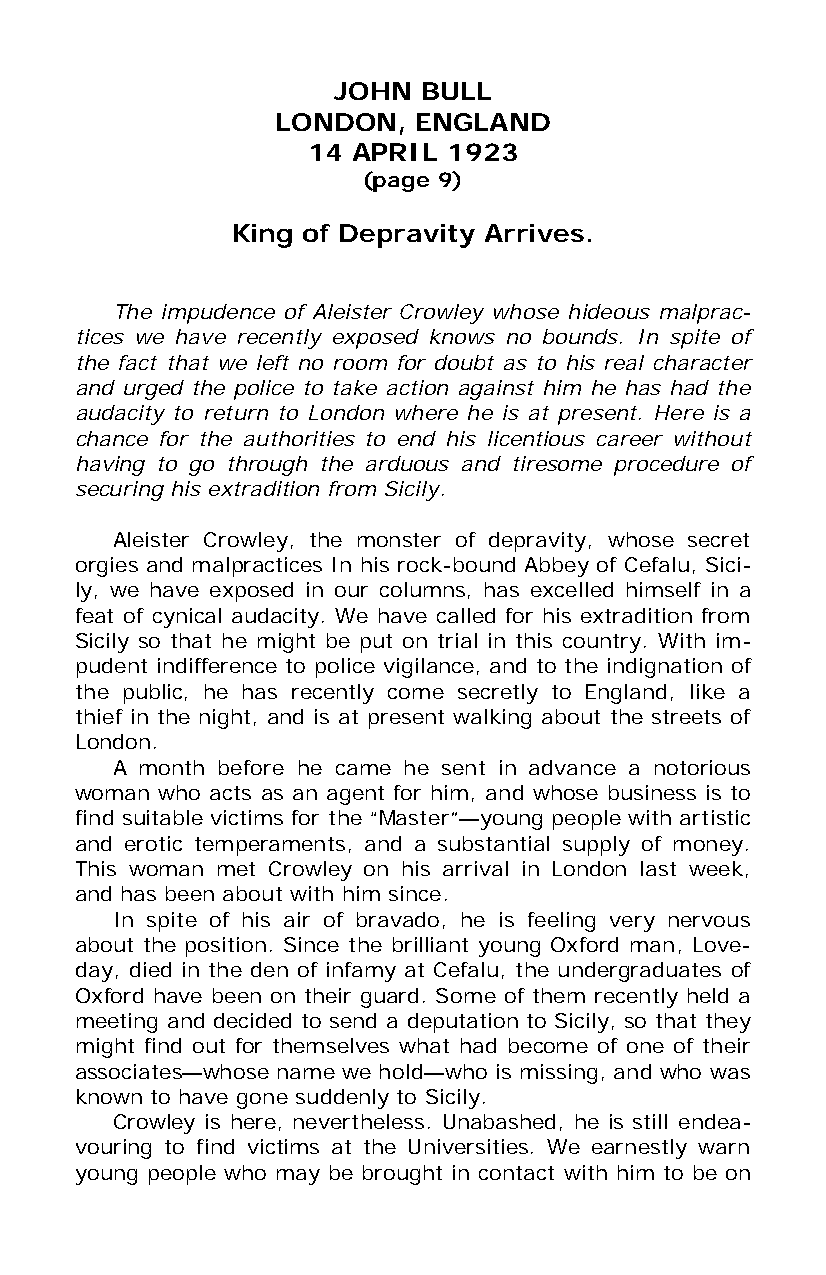
JOHN  BULL
 LONDON,  ENGLAND
 14 APRIL  1923
 (page 9)
 King of Depravity Arrives.
 The impudence of Aleister Crowley whose hideous malprac-
 tices we have recently exposed knows no bounds. In spite of
 the fact that we left no room for doubt as to his real character
 and urged the police to take action against him he has had the
 audacity to return to London where he is at present. Here is a
 chance for the authorities to end his licentious career without
 having to go through the arduous and tiresome procedure of
 securing his extradition from Sicily.
 Aleister Crowley, the monster of depravity, whose secret
 orgies and malpractices In his rock-bound Abbey of Cefalu, Sici-
 ly, we have exposed in our columns, has excelled himself in a
 feat of cynical audacity. We have called for his extradition from
 Sicily so that he might be put on trial in this country. With im-
 pudent indifference to police vigilance, and to the indignation of
 the public, he has recently come secretly to England, like a
 thief in the night, and is at present walking about the streets of
 London.
 A month before he came he sent in advance a notorious
 woman who acts as an agent for him, and whose business is to
 find suitable victims for the “Master”—young people with artistic
 and erotic temperaments, and a substantial supply of money.
 This woman met Crowley on his arrival in London last week,
 and has been about with him since.
 In spite of his air of bravado, he is feeling very nervous
 about the position. Since the brilliant young Oxford man, Love-
 day, died in the den of infamy at Cefalu, the undergraduates of
 Oxford have been on their guard. Some of them recently held a
 meeting and decided to send a deputation to Sicily, so that they
 might find out for themselves what had become of one of their
 associates—whose name we hold—who is missing, and who was
 known to have gone suddenly to Sicily.
 Crowley is here, nevertheless. Unabashed, he is still endea-
 vouring to find victims at the Universities. We earnestly warn
 young people who may be brought in contact with him to be on